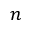
n